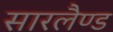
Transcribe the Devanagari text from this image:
सारलैण्ड